Report of the Indian Hemp Drugs Commission, 1894-1895 - Volume IV
Year: 1894
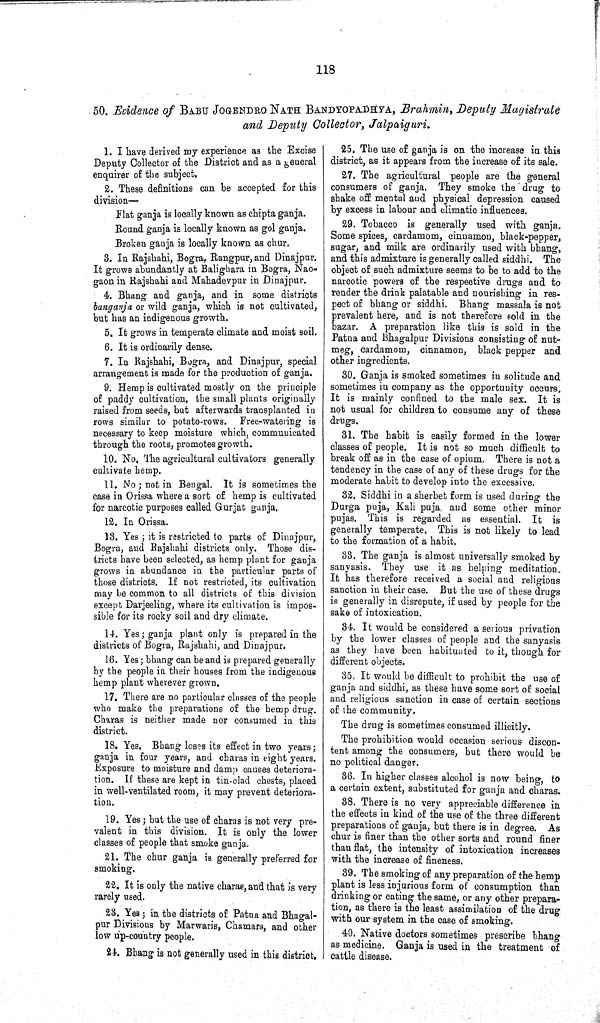
118
50. Evidence of BABU JOGENDRO NATH BANDYOPADHYA, Brahmin, Deputy Magistrate
and Deputy Collector, Jalpaiguri.
1. I have derived my experience as the Excise
Deputy Collector of the District and as a general
enquirer of the subject.
2. These definitions can be accepted for this
division—
Flat ganja is locally known as chipta ganja.
Round ganja is locally known as gol ganja.
Broken ganja is locally known as chur.
3. In Rajshahi, Bogra, Rangpur, and Dinajpur.
It grows abundantly at Balighara in Bogra, Nao-
gaon in Rajshahi and Mahadevpur in Dinajpur.
4. Bhang and ganja, and in some districts
banganja or wild ganja, which is not cultivated,
but has an indigenous growth.
5. It grows in temperate climate and moist soil.
6. It is ordinarily dense.
7. In Rajshahi, Bogra, and Dinajpur, special
arrangement is made for the production of ganja.
9. Hemp is cultivated mostly on the principle
of paddy cultivation, the small plants originally
raised from seeds, but afterwards transplanted in
rows similar to potato-rows. Free-watering is
necessary to keep moisture which, communicated
through the roots, promotes growth.
10. No. The agricultural cultivators generally
cultivate hemp.
11. No; not in Bengal. It is sometimes the
case in Orissa where a sort of hemp is cultivated
for narcotic purposes called Gurjat ganja.
12. In Orissa.
13. Yes; it is restricted to parts of Dinajpur,
Bogra, and Rajshahi districts only. Those dis¬
tricts have been selected, as hemp plant for ganja
grows in abundance in the particular parts of
those districts. If not restricted, its cultivation
may be common to all districts of this division
except Darjeeling, where its cultivation is impos¬
sible for its rocky soil and dry climate.
14. Yes; ganja plant only is prepared in the
districts of Bogra, Rajshahi, and Dinajpur.
16. Yes; bhang can be and is prepared generally
by the people in their houses from the indigenous
hemp plant wherever grown.
17. There are no particular classes of the people
who make the preparations of the hemp drug.
Charas is neither made nor consumed in this
district.
18. Yes. Bhang loses its effect in two years;
ganja in four years, and charas in eight years.
Exposure to moisture and damp causes deteriora¬
tion. If these are kept in tin-clad chests, placed
in well-ventilated room, it may prevent deteriora¬
tion.
19. Yes; but the use of charas is not very pre¬
valent in this division. It is only the lower
classes of people that smoke ganja.
21. The chur ganja is generally preferred for
smoking.
22. It is only the native charas, and that is very
rarely used.
23. Yes; in the districts of Patna and Bhagal-
pur Divisions by Marwaris, Chamars, and other
low up-country people.
24. Bhang is not generally used in this district.
25. The use of ganja is on the increase in this
district, as it appears from the increase of its sale.
27. The agricultural people are the general
consumers of ganja. They smoke the drug to
shake off mental and physical depression caused
by excess in labour and climatic influences.
29. Tobacco is generally used with ganja.
Some spices, cardamom, cinnamon, black-pepper,
sugar, and milk are ordinarily used with bhang,
and this admixture is generally called siddhi. The
object of such admixture seems to be to add to the
narcotic powers of the respective drugs and to
render the drink palatable and nourishing in res¬
pect of bhang or siddhi. Bhang massala is not
prevalent here, and is not therefore sold in the
bazar. A preparation like this is sold in the
Patna and Bhagalpur Divisions consisting of nut¬
meg, cardamom, cinnamon, black pepper and
other ingredients.
30. Ganja is smoked sometimes in solitude and
sometimes in company as the opportunity occurs.
It is mainly confined to the male sex. It is
not usual for children to consume any of these
drugs.
31. The habit is easily formed in the lower
classes of people. It is not so much difficult to
break off as in the case of opium, There is not a
tendency in the case of any of these drugs for the
moderate habit to develop into the excessive.
32. Siddhi in a sherbet form is used during the
Durga puja, Kali puja, and some other minor
pujas. This is regarded as essential. It is
generally temperate. This is not likely to lead
to the formation of a habit.
33. The ganja is almost universally smoked by
sanyasis. They use it as helping meditation.
It has therefore received a social and religious
sanction in their case. But the use of these drugs
is generally in disrepute, if used by people for the
sake of intoxication.
34. It would be considered a serious privation
by the lower classes of people and the sanyasis
as they have been habituated to it, though for
different objects.
35. It would be difficult to prohibit the use of
ganja and siddhi, as these have some sort of social
and religious sanction in case of certain sections
of the community.
The drug is sometimes consumed illicitly.
The prohibition would occasion serious discon¬
tent among the consumers, but there would be
no political danger.
36. In higher classes alcohol is now being, to
a certain extent, substituted for ganja and charas.
38. There is no very appreciable difference in
the effects in kind of the use of the three different
preparations of ganja, but there is in degree. As
chur is finer than the other sorts and round finer
than flat, the intensity of intoxication increases
with the increase of fineness.
39. The smoking of any preparation of the hemp
plant is less injurious form of consumption than
drinking or eating the same, or any other prepara¬
tion, as there is the least assimilation of the drug
with our system in the case of smoking.
40. Native doctors sometimes prescribe bhang
as medicine. Ganja is used in the treatment of
cattle disease.